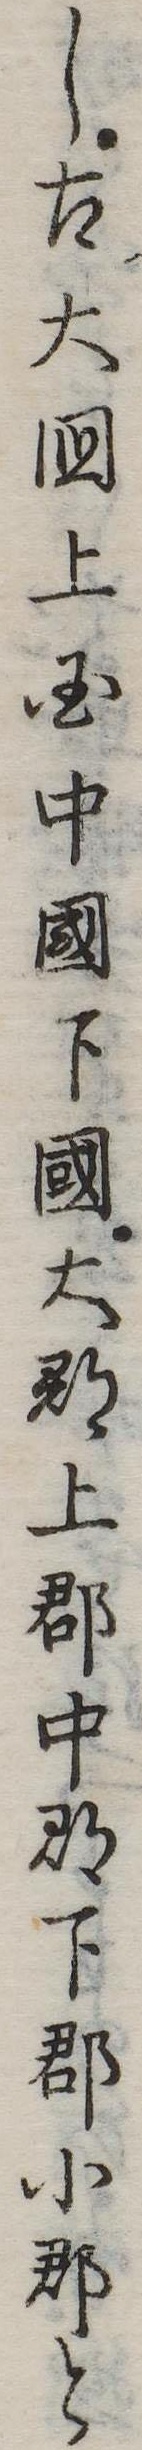
し古大国上国中国下国大郡上郡中郡下郡小郡と